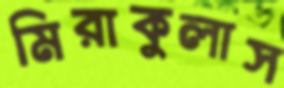
মিরাকুলাস